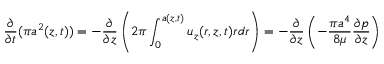
\frac { \partial } { \partial t } ( \pi a ^ { 2 } ( z , t ) ) = - \frac { \partial } { \partial z } \left( 2 \pi \int _ { 0 } ^ { a ( z , t ) } u _ { z } ( r , z , t ) r d r \right) = - \frac { \partial } { \partial z } \left( - \frac { \pi a ^ { 4 } } { 8 \mu } \frac { \partial p } { \partial z } \right)